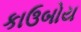
કાઉબોય